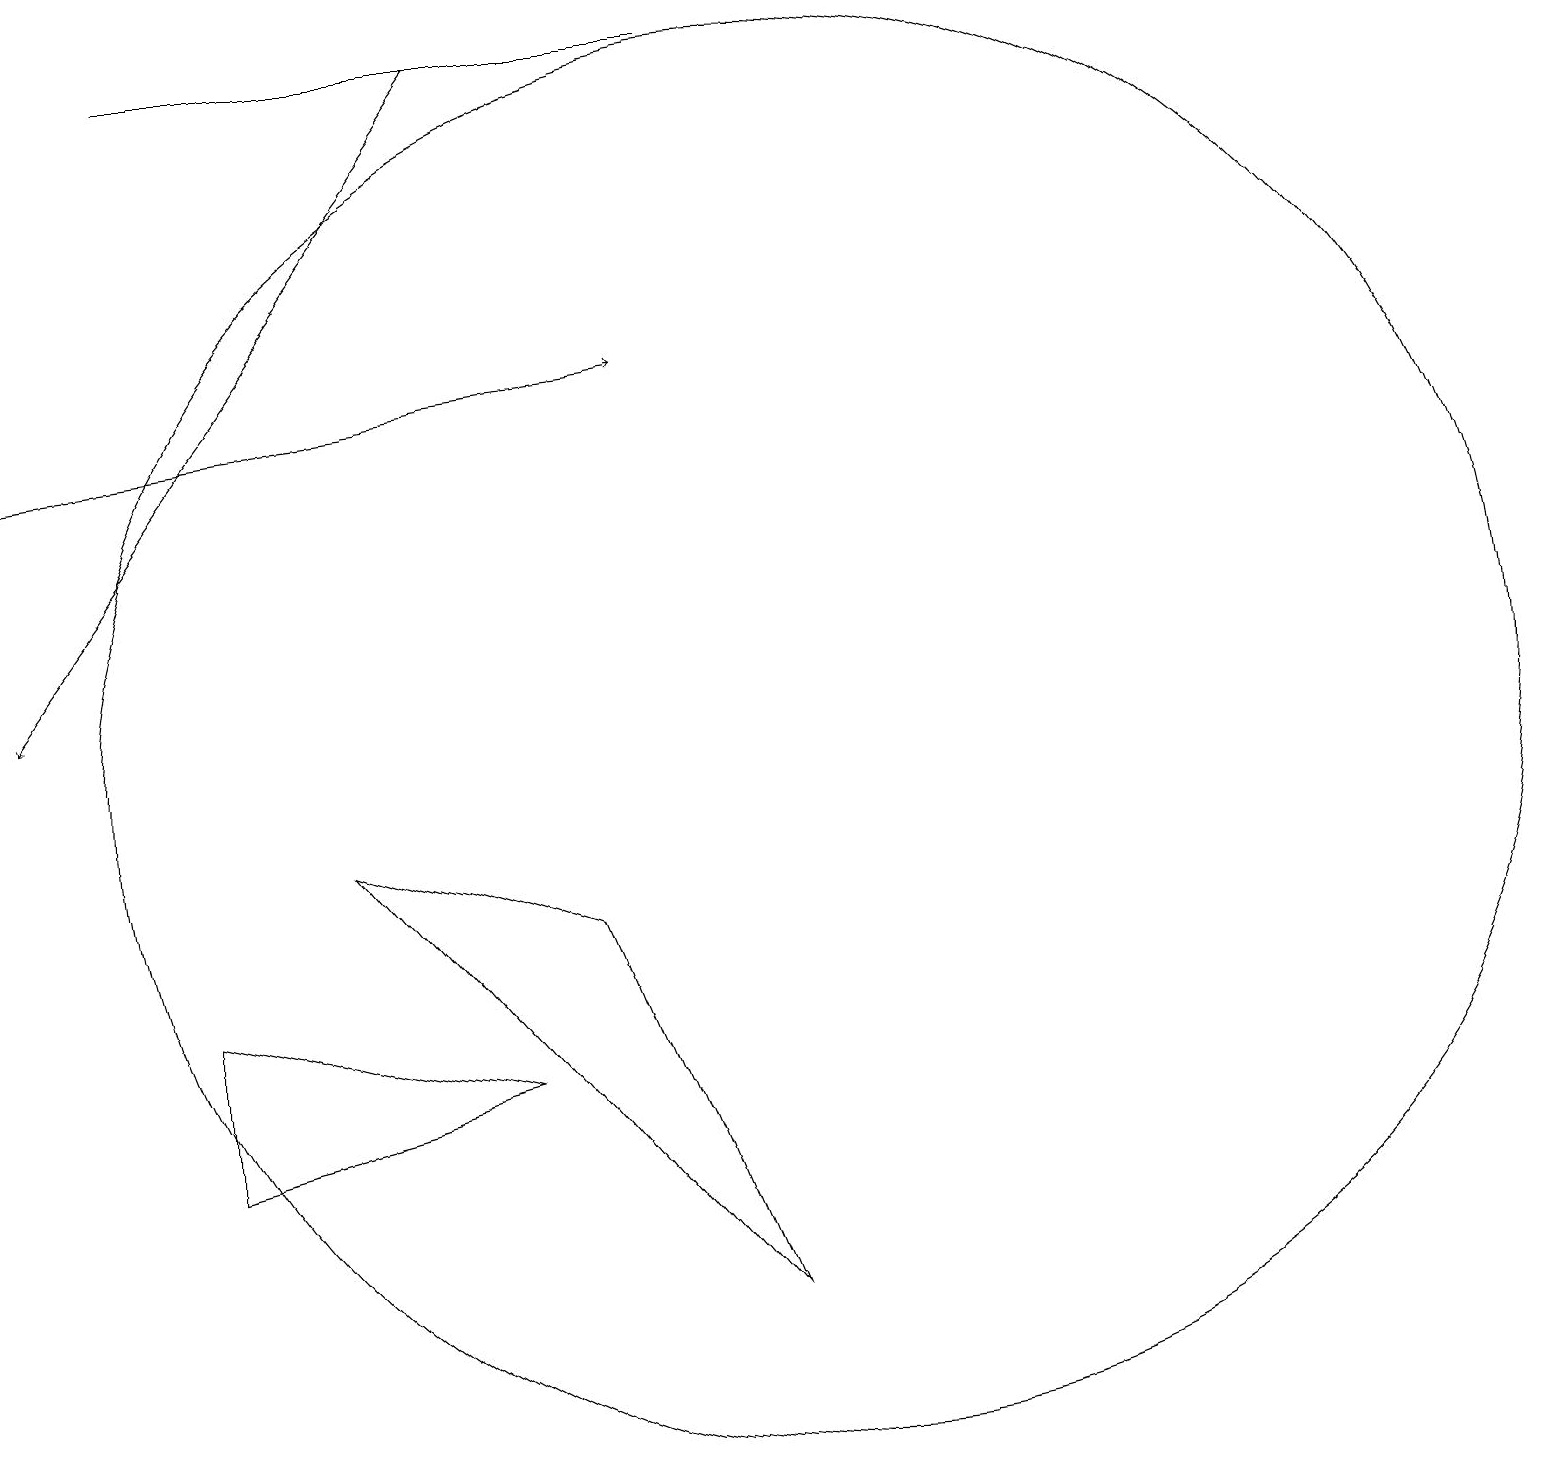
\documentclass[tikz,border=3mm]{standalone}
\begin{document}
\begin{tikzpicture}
\draw (9,19) rectangle (2,19);
\draw[->] (0,14) -- (8,15);
\draw (10,10) circle (9);
\draw (6,6) -- (2,5) -- (2,7) -- cycle;
\draw (9,3) -- (4,9) -- (7,8) -- cycle;
\draw[->] (6,19) -- (0,11);
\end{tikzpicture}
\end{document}